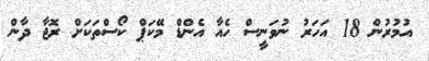
އުމުރުން 18 އަހަރު ނުވަނީސް ހެއާ އެންޑް މޭކަޕް ކޯސްތަކަށް ރޮޖާ ދާން